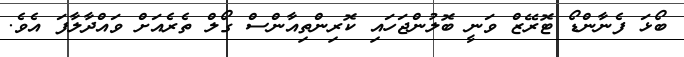
ބޯޅަ ފެނާންޑޯ ޓޮރޭޒް ވަނީ ބޮލުންޖަހައި ކޮރިންތިއާންސް ގޯލް ތެރެއަށް ވައްދާލާފަ އެވެ.